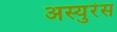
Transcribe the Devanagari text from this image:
अस्युरंस